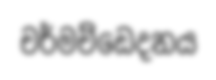
චර්මච්ඩෙදනය